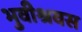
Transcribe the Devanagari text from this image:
भुवीश्रवस